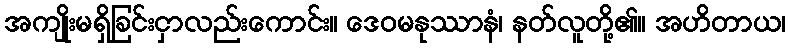
အကျိုးမရှိခြင်းငှာလည်းကောင်း။ ဒေဝမနုဿာနံ၊ နတ်လူတို့၏။ အဟိတာယ၊